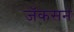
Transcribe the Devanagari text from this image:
जॅकसन